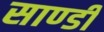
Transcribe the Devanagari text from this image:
साण्‍डी